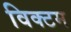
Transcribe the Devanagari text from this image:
विक्टम